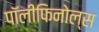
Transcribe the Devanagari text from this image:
पॉलीफिनोल्स